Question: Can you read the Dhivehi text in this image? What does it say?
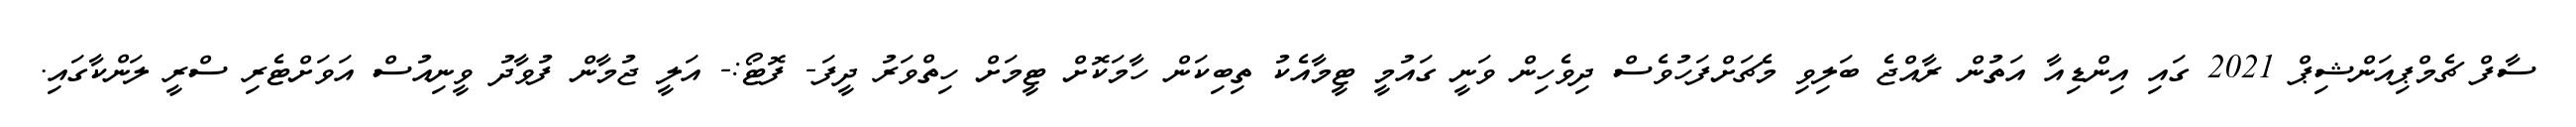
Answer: ސާފް ޗެމްޕިއަންޝިޕް 2021 ގައި އިންޑިއާ އަތުން ރާއްޖެ ބަލިވި މެޗަށްފަހުވެސް ދިވެހިން ވަނީ ގައުމީ ޓީމާއެކު ތިބިކަން ހާމަކޮށް ޓީމަށް ހިތްވަރު ދީފަ- ފޮޓޯ:- އަލީ ޖުމާން ފުވާދު ވީނިއުސް އަވަށްޓެރި ސްރީ ލަންކާގައި.